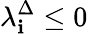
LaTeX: \lambda_{\mathbf{i}}^{\Delta}\leq0